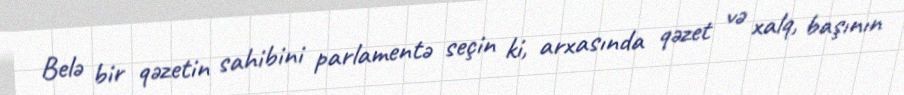
Belə bir qəzetin sahibini parlamentə seçin ki, arxasında qəzet və xalq, başının